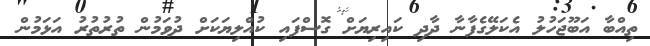
ތިއްބާ އަބޫޖަހުލު އެކަލޭގެފާނާ ދާދި ކައިރިޔަށް ގޮސްފައި ކުއްލިޔަކަށް ދުވަމުން ތުރުތުރު އަޅަމުން